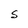
Character: S